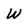
Character: W